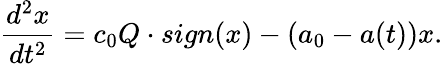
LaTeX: \frac{d^{2}x}{dt^{2}}=c_{0}Q\cdot sign(x)-(a_{0}-a(t))x.